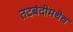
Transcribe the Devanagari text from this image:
तटबंदीमधेच